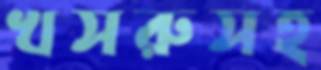
খসরুসহ